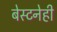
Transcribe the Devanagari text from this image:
बेस्टनेही